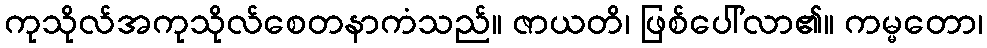
ကုသိုလ်အကုသိုလ်စေတနာကံသည်။ ဇာယတိ၊ ဖြစ်ပေါ်လာ၏။ ကမ္မတော၊